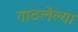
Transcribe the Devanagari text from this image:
गाठलेल्या